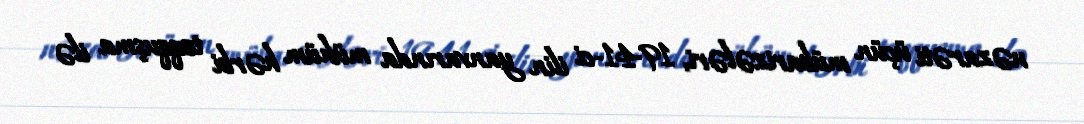
nəzarəti üçün mübarizələri, 1941-ci ilin yanvarında mühüm hərbi toqquşma ilə